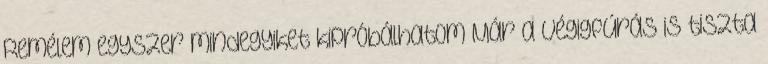
Remélem egyszer mindegyiket kipróbálhatom Már a végigfúrás is tiszta